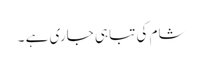
شام کی تباہی جاری ہے ۔